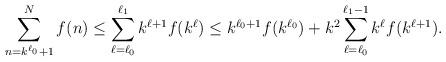
LaTeX: \begin{align*}\sum_{n=k^{\ell_0}+1}^{N} f(n) \leq \sum_{\ell=\ell_0}^{\ell_1} k^{\ell+1} f(k^{\ell}) \leq k^{\ell_0+1} f(k^{\ell_0}) + k^2 \sum_{\ell=\ell_0}^{\ell_1-1} k^\ell f(k^{\ell+1}).\end{align*}